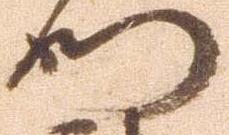
門